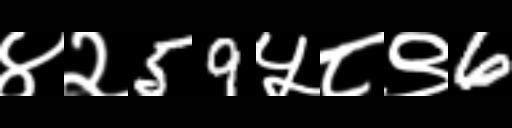
Text: ४२59५८९6